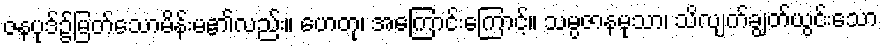
ဇနပုဒ်၌မြတ်သောမိန်းမ၏လည်း။ ဟေတု၊ အကြောင်းကြောင့်။ သမ္ပဇာနမုသာ၊ သိလျက်ချွတ်ယွင်းသော